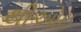
થીઓઇ